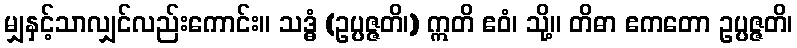
မျှနှင့်သာလျှင်လည်းကောင်း။ သဒ္ဓံ (ဥပ္ပဇ္ဇတိ၊) ဣတိ ဧဝံ၊ သို့။ တိဓာ ဧကတော ဥပ္ပဇ္ဇတိ၊